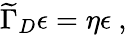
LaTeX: {\widetilde\Gamma}_{D}\epsilon=\eta\epsilon~,